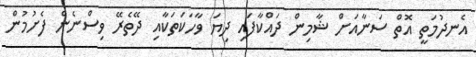
އެނދުމަތީ އޮތް ސަނާއަށް ޝާމިން ދައްކާފައި ދިޔަ ވާހަކަތަކާއި ދޭތެރޭ ވިސްނެން ފެށުމުން